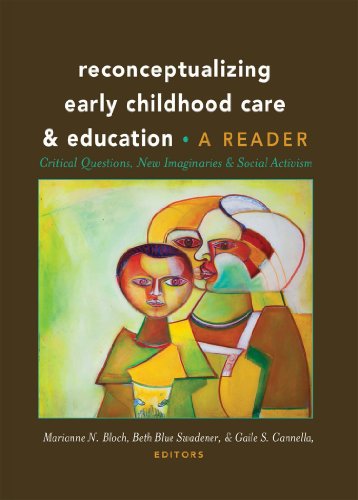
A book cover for Reconceptualizing Early Childhood Care and Education: Critical Questions, New Imaginaries and Social Activism: A Reader (Rethinking Childhood); Gay & Lesbian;